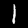
Digit: 1